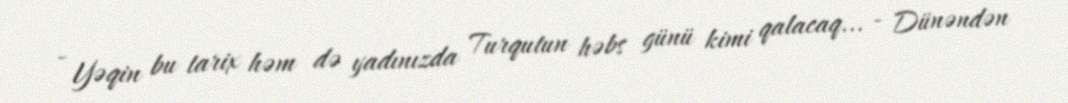
- Yəqin bu tarix həm də yadınızda Turqutun həbs günü kimi qalacaq... - Dünəndən